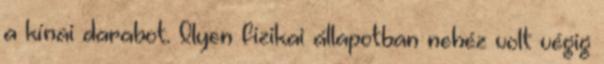
a kínai darabot. Ilyen fizikai állapotban nehéz volt végig